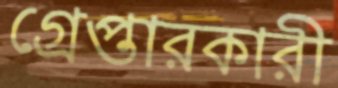
গ্রেপ্তারকারী